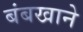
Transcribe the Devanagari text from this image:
बंबखाने